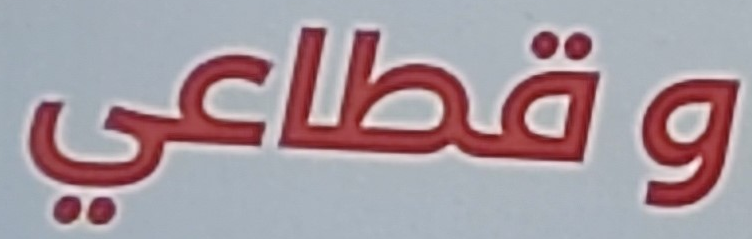
وقطاعي